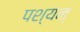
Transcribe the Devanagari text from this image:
पश्यन्‌